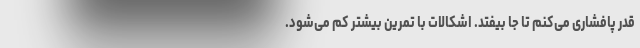
قدر پافشاری می‌کنم تا جا بیفتد. اشکالات با تمرین بیشتر کم می‌شود.